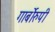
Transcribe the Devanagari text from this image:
गार्बोरुपी